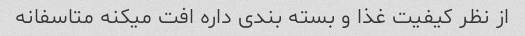
از نظر کیفیت غذا و بسته بندی داره افت میکنه متاسفانه